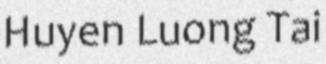
Huyen Luong Tai